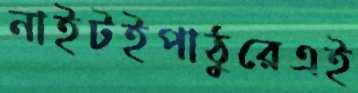
নাইটইপাঠুরেএই